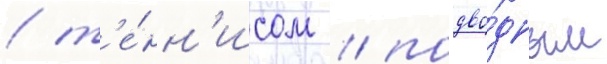
/ т'е́нн'исом / подво́дным